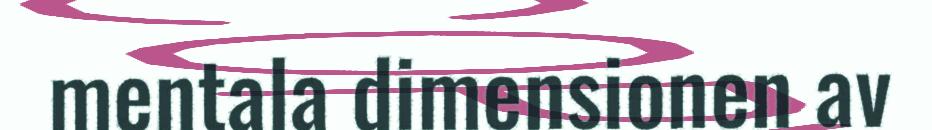
mentala dimensionen av